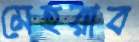
মেহরাব